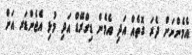
އެމެންނަށް ދެރަ ގޮތެއް އަދި އެމެން ޑިގްރޭޑް އަދި މުޅި އެެޖެންޑަރ އަށް